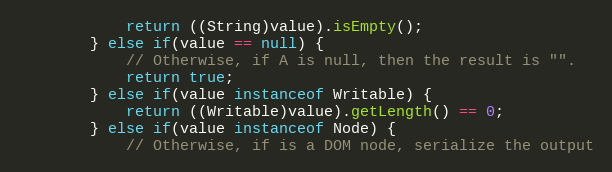
Language: Java
			return ((String)value).isEmpty();
		} else if(value == null) {
			// Otherwise, if A is null, then the result is "".
			return true;
		} else if(value instanceof Writable) {
			return ((Writable)value).getLength() == 0;
		} else if(value instanceof Node) {
			// Otherwise, if is a DOM node, serialize the output